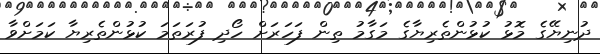
ދުނިޔޭގެ މޮޅު ކުޅުންތެރިޔާގެ މަގާމު ތިން ފަހަރަށް ހޯދި ފުރަތަމަ ކުޅުންތެރިޔާ ކަމަށްވާ